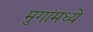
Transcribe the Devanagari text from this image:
मुगांमध्ये